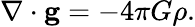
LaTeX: \nabla\cdot\mathbf{g}=-4\pi G\rho.